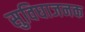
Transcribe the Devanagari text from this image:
सुविघाजनक